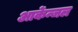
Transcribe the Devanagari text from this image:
आर्केन्जल